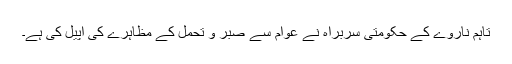
تاہم ناروے کے حکومتی سربراہ نے عوام سے صبر و تحمل کے مظاہرے کی اپیل کی ہے۔